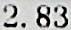
2.83